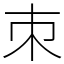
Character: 朿